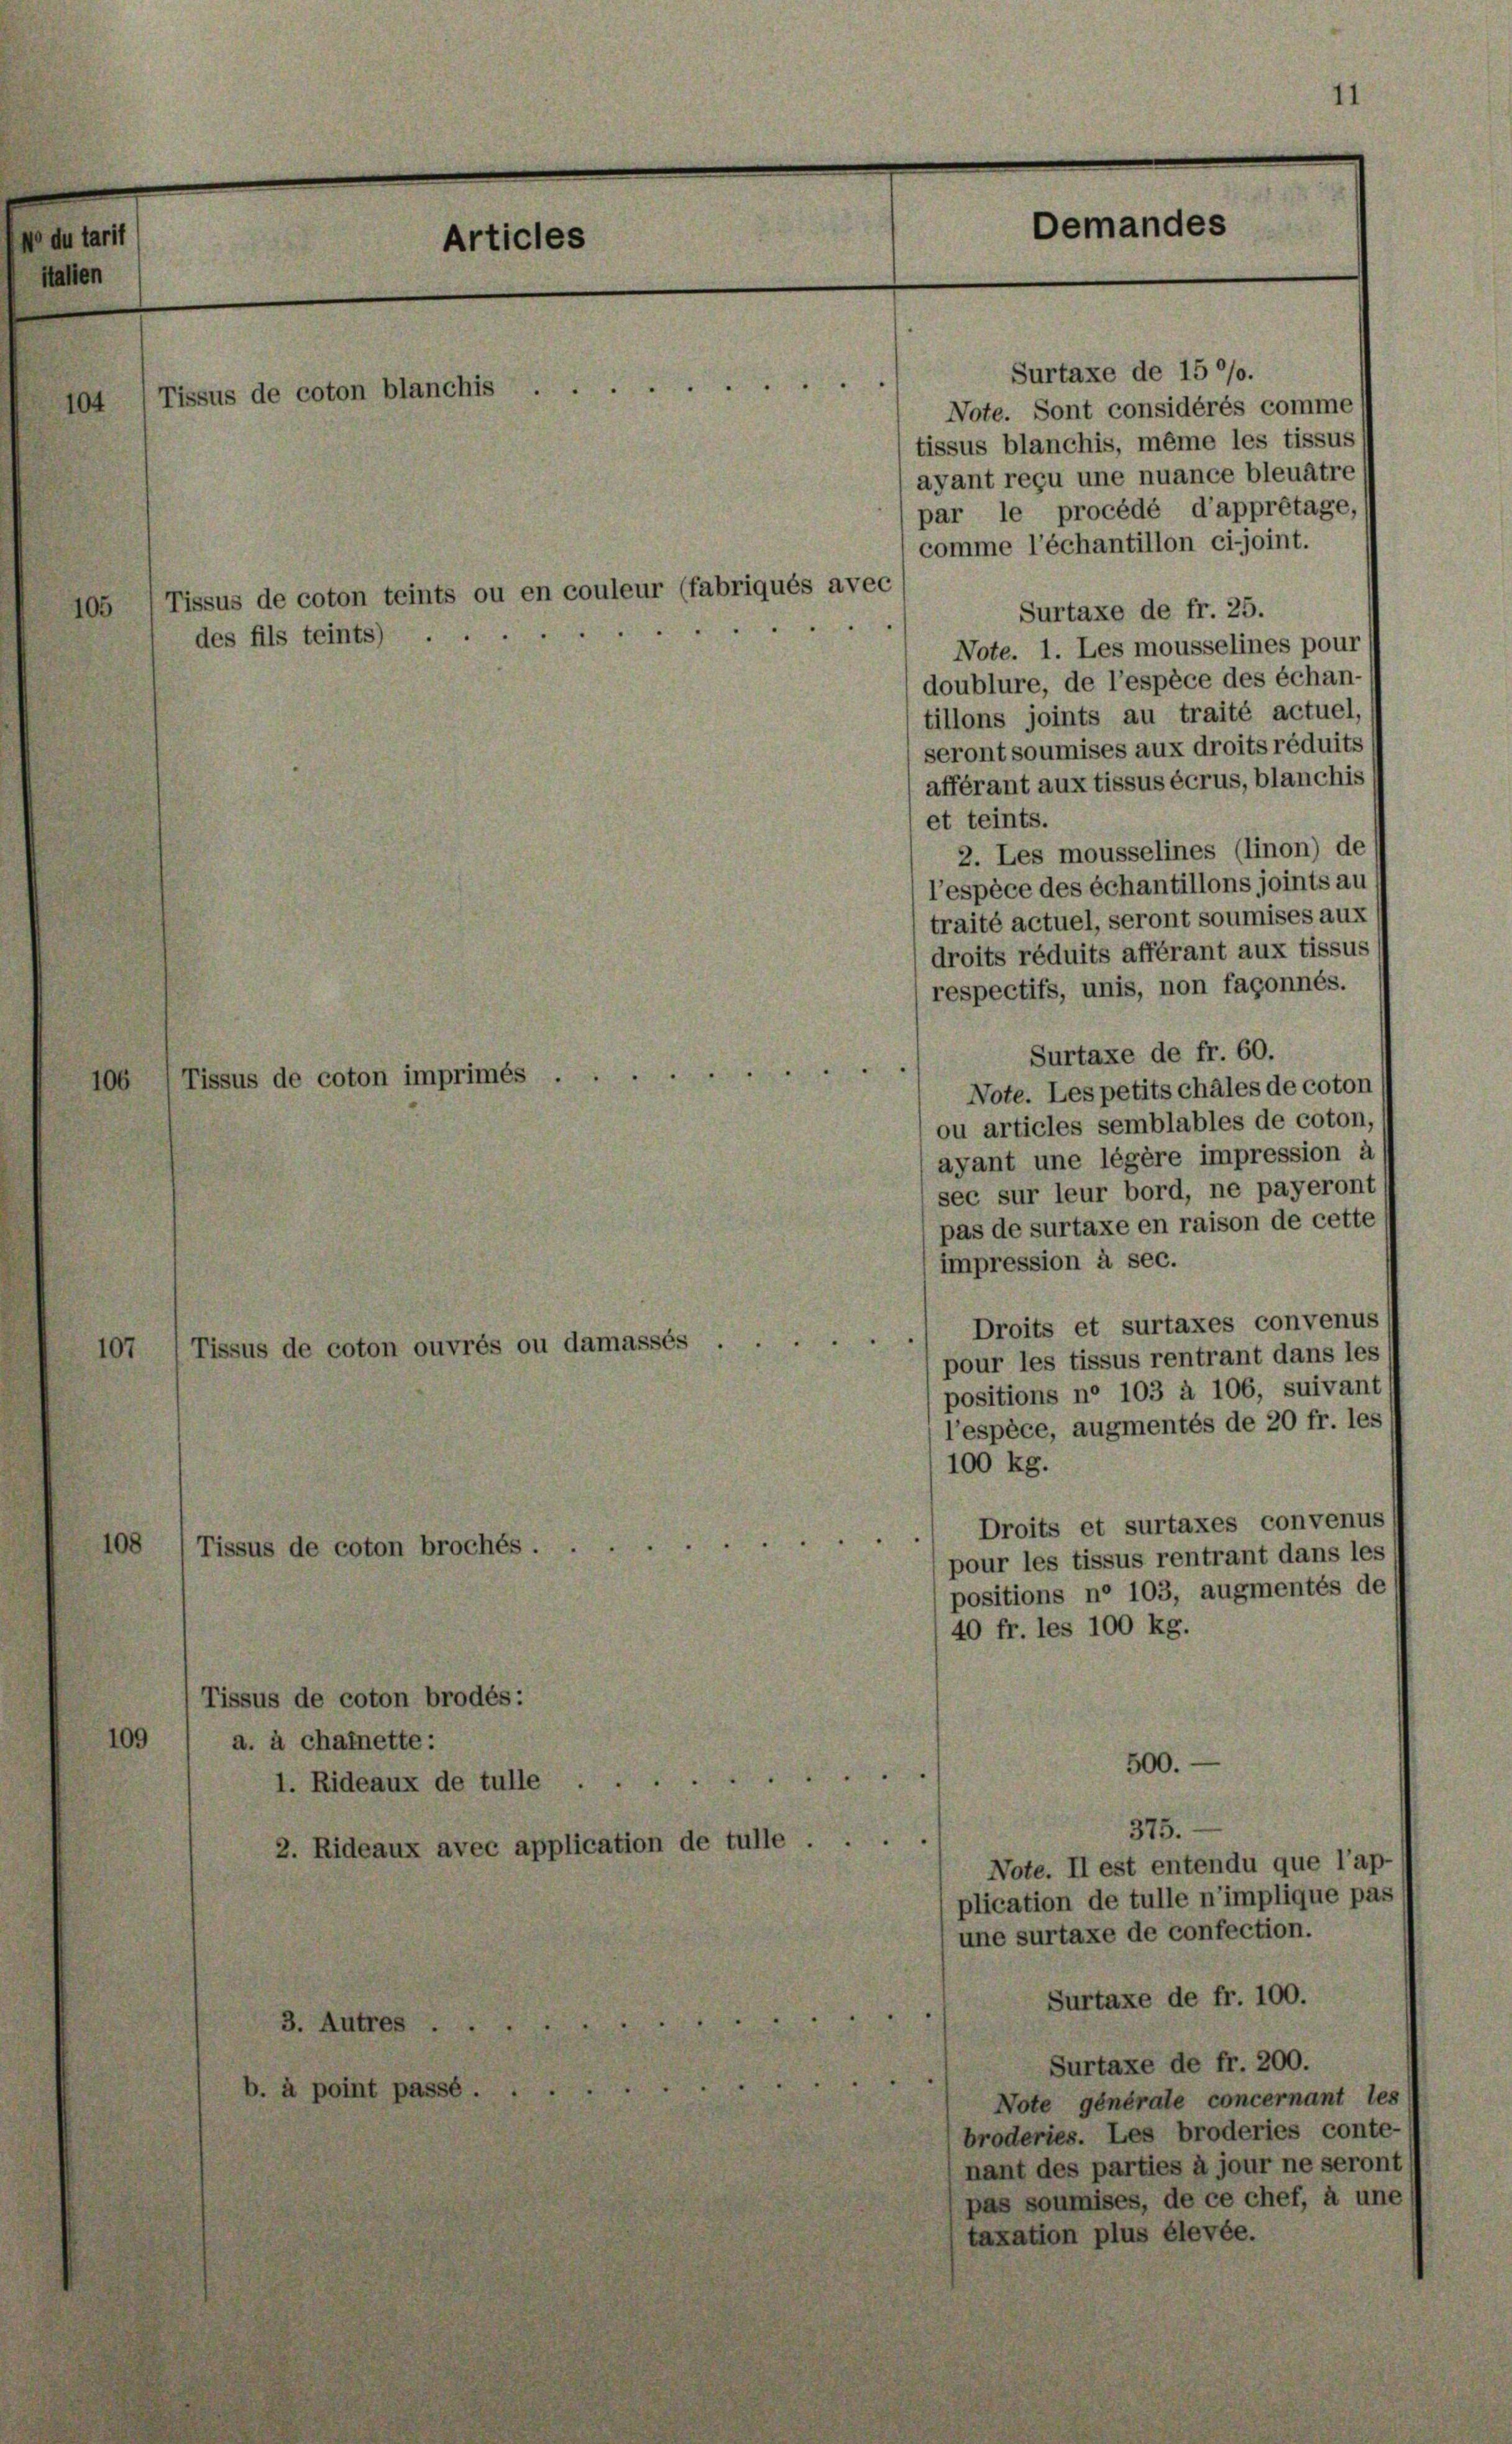
No du tarit
stalten

105

10

Tissus de coton blanchis .
104

106

des fils teints) ..

Tissus de coton imprimés .

Tissus de coton brochés.

a. à chainette:

Tissus de coton ouvrés ou damassés

Tissus de coton brodés:
1. Rideaux de tulle
2. Rideaux avec application de tulle .

3. Autres.

à point pas

Articles

Tissus de coton teints ou en couleur (fabriqués avec

Surtaxe de 15 %%.
Note. Sont considérés comme
tissus blanchis, même les tissus
ayant reçu une nuance bleuätre
par le procédé d’apprétage,
comme l’échantillon ci-joint.
Surtaxe de fr. 25.
Note. 1. Les mousselines pour
doublure, de l’espèce des échan-
tillons joints au traité actuel,
seront soumises aux droits réduits
afférant aux tissus écrus, blanchis
et teints.
2. Les mousselines (linon) de
l’espèce des échantillons joints au
traité actuel, seront soumises aux
droits réduits afférant aux tissus
respectifs, unis, non façonnés.
Surtaxe de fr. 60.
Note. Les petitschales de coton
ou articles semblables de coton,
ayant une légère impression à
sec sur leur bord, ne payeront,
pas de surtaxe en raison de cette
impression à sec.
Droits et surtaxes convenus
pour les tissus rentrant dans les
positions ne 103 à 106, suivant
l’espèce, augmentés de 20 fr. les
100 kg.
Droits et surtaxes convenus
pour les tissus rentrant dans les
positions ne 103, augmentés de
40 fr. les 100 kg.
500.

375.
Note. Il est entendu que l’ap-
plication de tulle n’implique pas
une surtaxe de confection.
Surtaxe de fr. 100.
Surtaxe de fr. 200.
Note générale concernant les
broderies. Les broderies conte-
nant des parties à jour ne seront
pas soumises, de ce chef, à une
taxation plus élevée.

II
Demandes